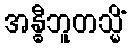
အန္ဓီဘူတသ္မိံ